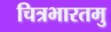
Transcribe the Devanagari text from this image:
चित्रभारतमु